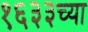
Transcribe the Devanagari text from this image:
१६३३च्या